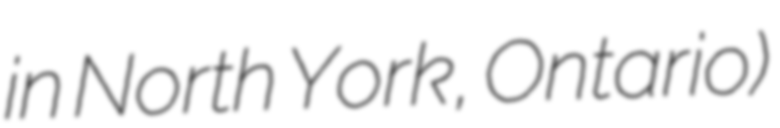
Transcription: in North York, Ontario)